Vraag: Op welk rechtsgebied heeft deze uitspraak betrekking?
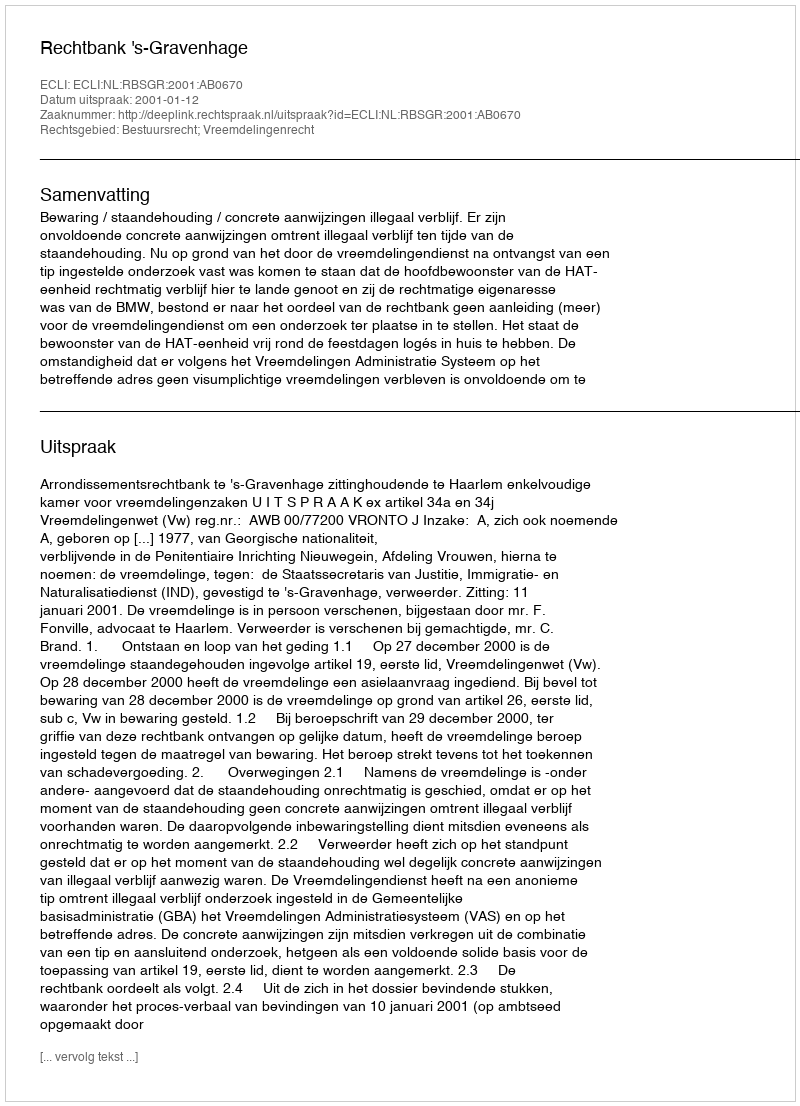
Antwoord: Bestuursrecht; Vreemdelingenrecht